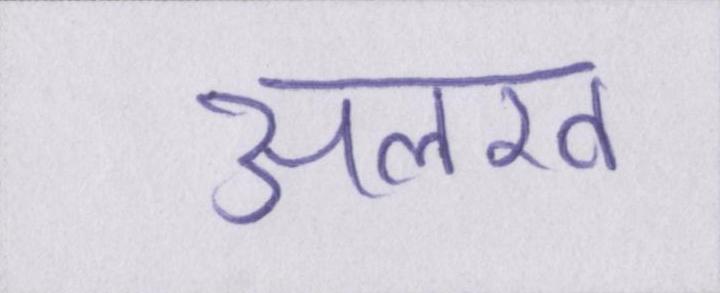
अलख